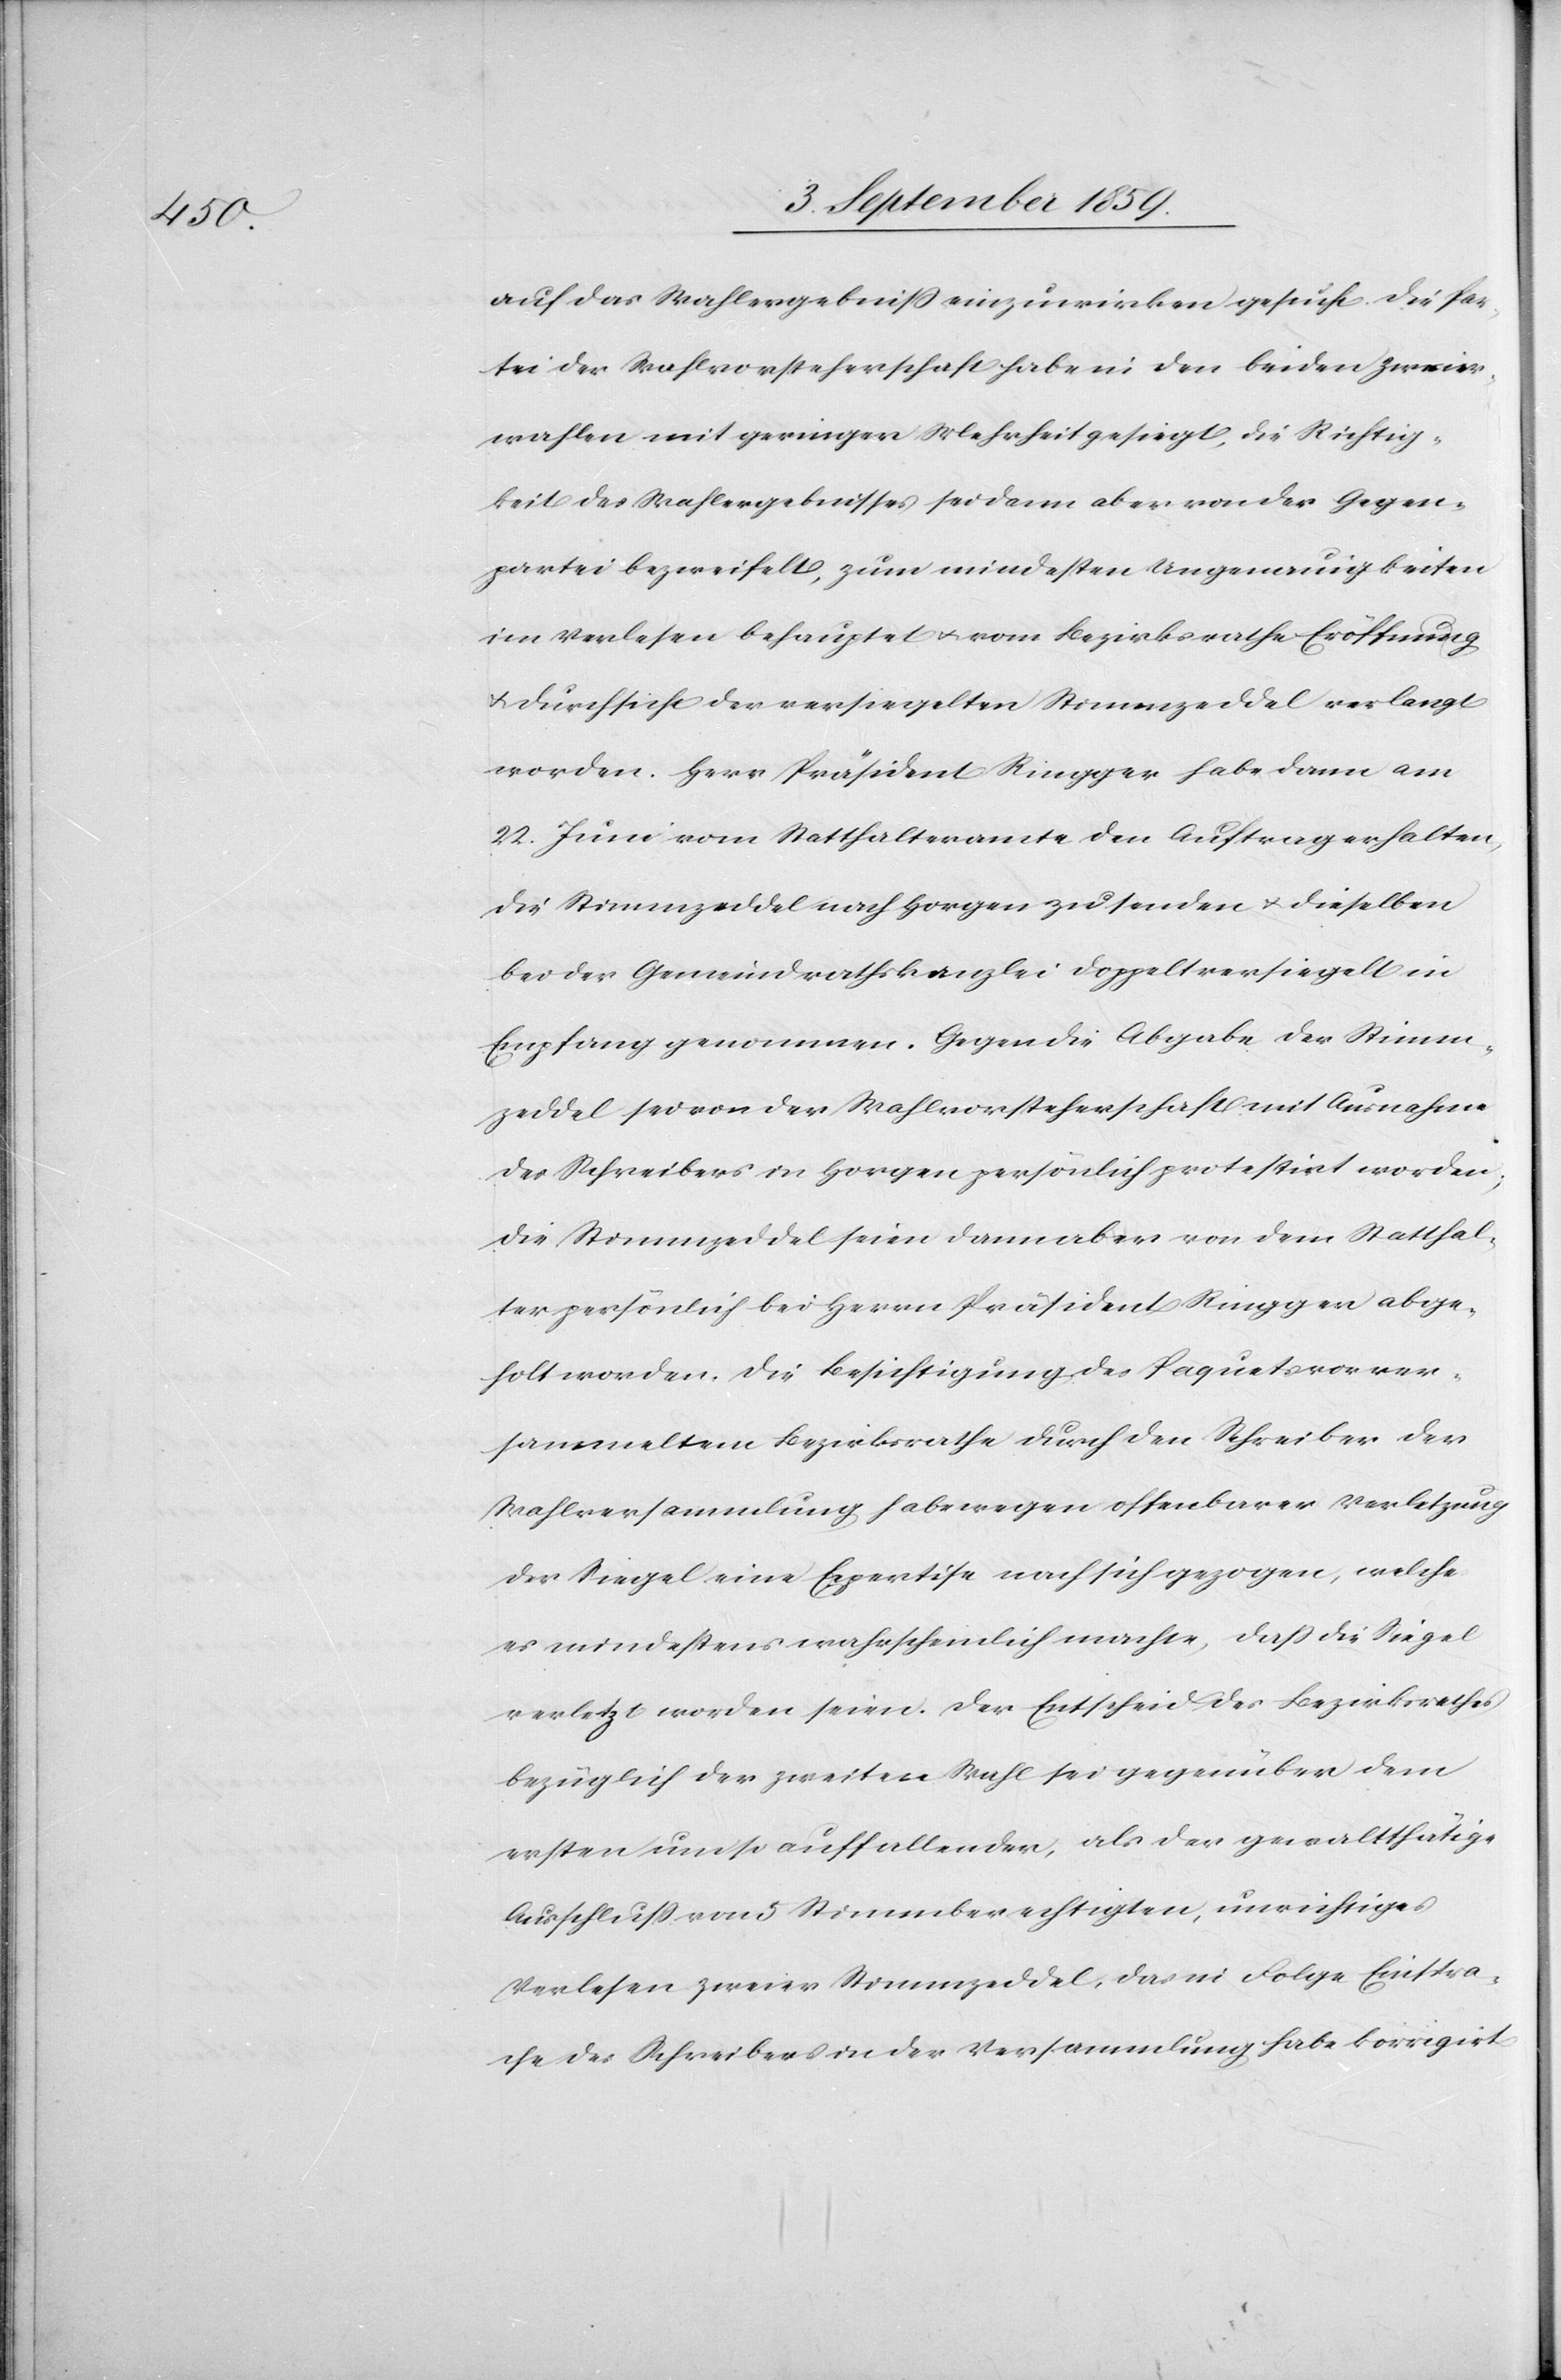
Einspra¬

auf das Wahlergebniß einzuwirken gesucht. Die Par¬
tei der Wahlvorsteherschaft habe in den beiden Zweier¬
wahlen mit geringer Mehrheit gesiegt, die Richtig¬
keit des Wahlergebnisses sei dann aber von der Gegen¬
partei bezweifelt, zum mindesten Ungenauigkeiten
im Verlesen behauptet & vom Bezirksrathe Eröffnung
& Durchsicht der versiegelten Stimmzeddel verlangt
worden. Herr Präsident Ringger habe dann am
22. Juni vom Statthalteramte den Auftrag erhalten,
die Stimmzeddel nach Horgen zu senden & dieselben
bei der Gemeindrathskanzlei doppelt versiegelt in
Empfang genommen. Gegen die Abgabe der Stimm¬
zeddel sei von der Wahlvorsteherschaft mit Ausnahme
des Schreibers in Horgen persönlich protestirt worden,
die Stimmzeddel seien dann aber von dem Statthal¬
ter persönlich bei Herrn Präsident Ringger abge¬
holt worden. Die Besichtigung des Paquets vor ver¬
sammeltem Bezirksrathe durch den Schreiber der
Wahlversammlung habe wegen offenbarer Verletzung
der Siegel eine Expertise nach sich gezogen, welche
es mindestens wahrscheinlich machte, daß die Siegel
verletzt worden seien. Der Entscheid des Bezirksrathes
bezüglich der zweiten Wahl sei gegenüber dem
ersten umso auffallender, als der gewaltthätige
che des Schreibers in der Versammlung habe korrigirt